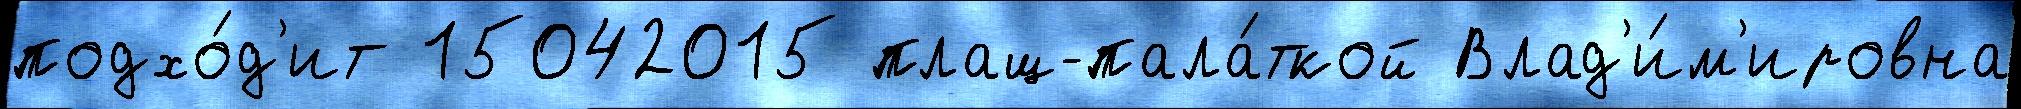
подхо́д'ит 15042015 плащ-пала́ткой Влад'и́м'ировна